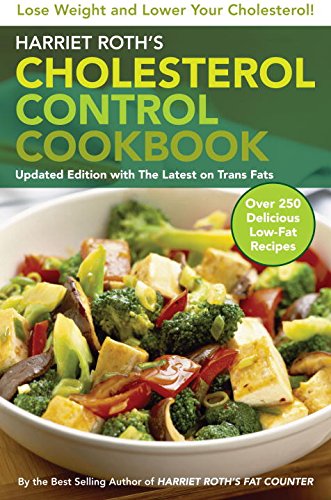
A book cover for Harriet Roth's Cholesterol Control Cookbook; Harriet Roth; Cookbooks, Food & Wine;